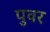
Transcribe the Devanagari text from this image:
पुवर